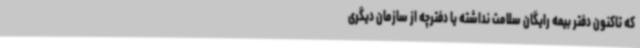
که تاکنون دفتر بیمه رایگان سلامت نداشته یا دفترچه از سازمان دیگری